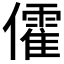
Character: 𠐶